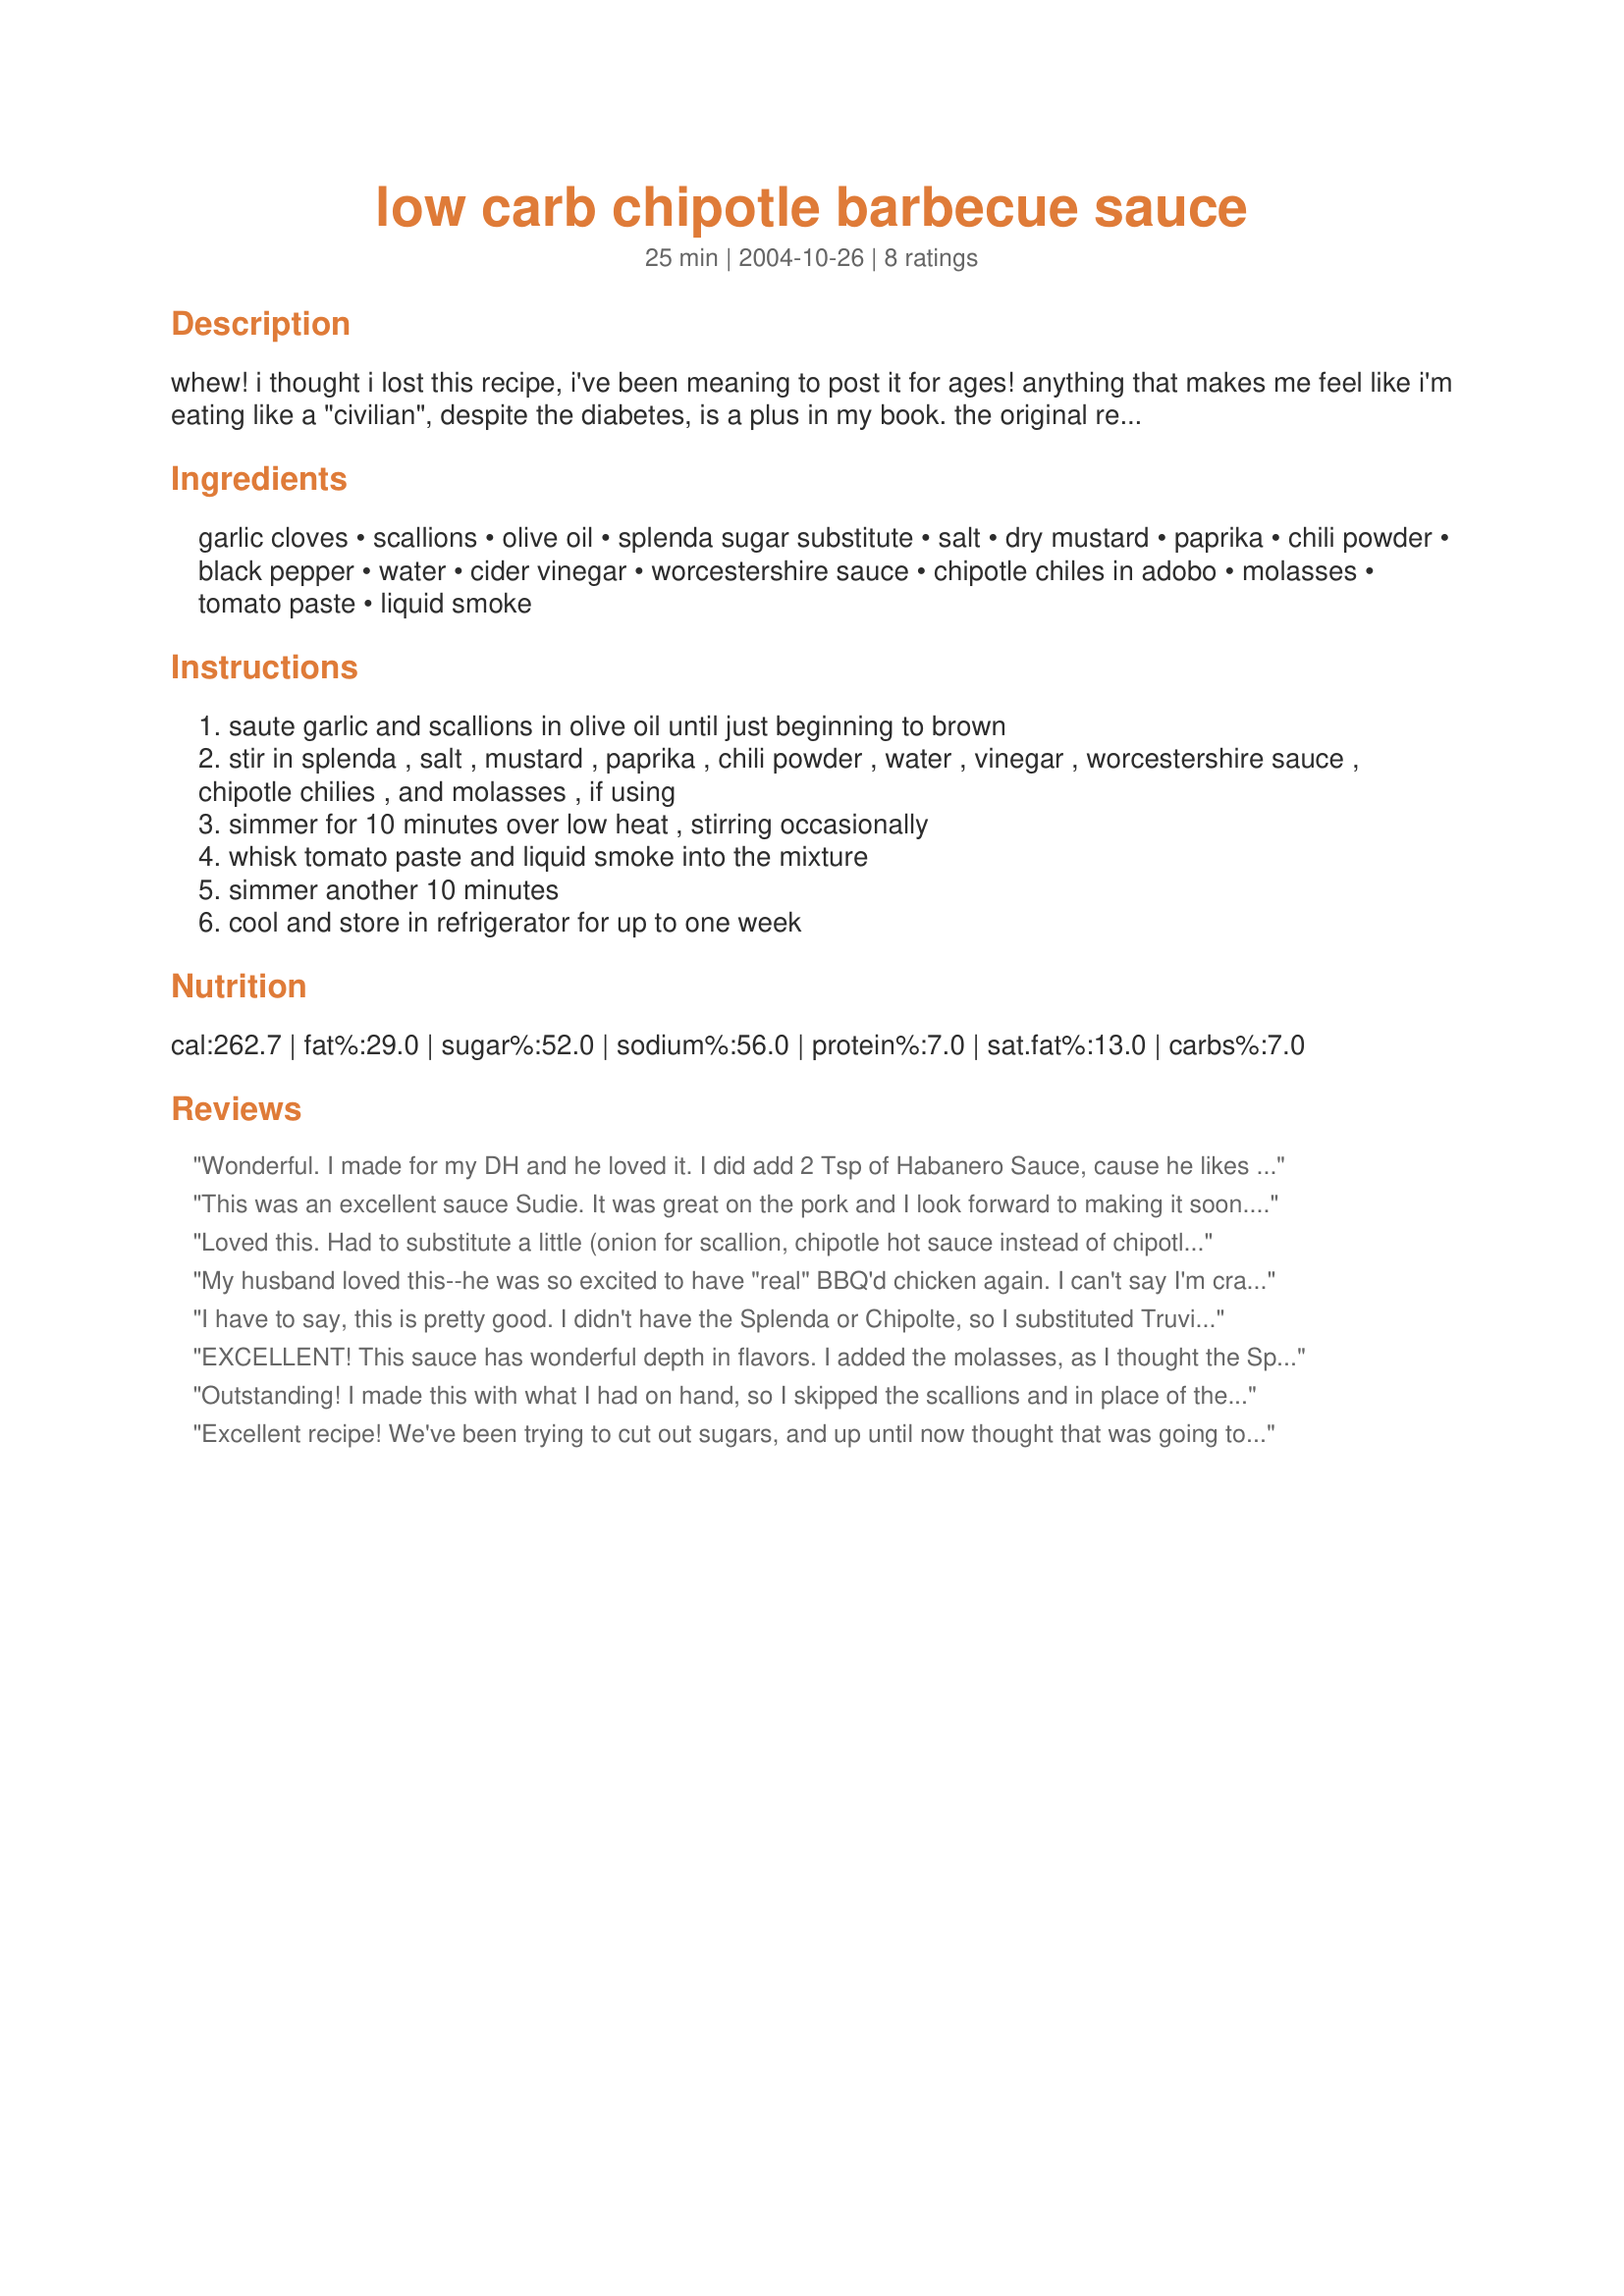
low carb chipotle barbecue sauce
Preparation time: 25 minutes

whew! i thought i lost this recipe, i've been meaning to post it for ages! anything that makes me feel like i'm eating like a "civilian", despite the diabetes, is a plus in my book. the original recipe, which was from the santa fe new mexican, had 1 tbs. of molasses in it - i leave it out, but you could use it if you wish. hope you enjoy this!

Ingredients:
garlic cloves, scallions, olive oil, splenda sugar substitute, salt, dry mustard, paprika, chili powder, black pepper, water, cider vinegar, worcestershire sauce, chipotle chiles in adobo, molasses, tomato paste, liquid smoke

Steps:
saute garlic and scallions in olive oil until just beginning to brown
stir in splenda , salt , mustard , paprika , chili powder , water , vinegar , worcestershire sauce , chipotle chilies , and molasses , if using
simmer for 10 minutes over low heat , stirring occasionally
whisk tomato paste and liquid smoke into the mixture
simmer another 10 minutes
cool and store in refrigerator for up to one week

Reviews:
Wonderful. I made for my DH and he loved it. I did add 2 Tsp of Habanero Sauce, cause he likes it hot and spicy. He has eaten it on pulled pork and chicken and it was great on both. The BEST lowcarb BBQ sauce he has ever had. Thanks for posting!
This was an excellent sauce Sudie. It was great on the pork and I look forward to making it soon. I think this would also be good on beef. Great recipe!!!
Loved this. Had to substitute a little (onion for scallion, chipotle hot sauce instead of chipotle). Simmered with leftover pork roast and it was delicious.
My husband loved this--he was so excited to have "real" BBQ'd chicken again. I can't say I'm crazy about the artificial sugar, but I'm crazy about my man and will do what I can to please his palate!
I have to say, this is pretty good. I didn't have the Splenda or Chipolte, so I substituted Truvia and 1 Jalapeno. I also mixed in corn starch to thicken it up. Not too bad.
EXCELLENT! This sauce has wonderful depth in flavors. I added the molasses, as I thought the Splenda was a little strong tasting. We had this on chicken legs on the grill and it was fantastic. I must say I think I like this way better than any store bought sauce. Thank you very much for this recipe!!
Outstanding! I made this with what I had on hand, so I skipped the scallions and in place of the chiles I added 1/4 teaspoon of chipotle chili powder. I am pretty sure it would have been way too hot for us weenies with the chiles, anyway. Other than that I made it as written, with the molasses, and used 6 splenda packets which is the equivalent of 1/4 cup of granular Splenda. I made barbecue chicken in the crockpot for sandwiches. We loved it. I only wish I'd had more chicken breasts on hand; we could've eaten a lot more of this :)
Excellent recipe! We've been trying to cut out sugars, and up until now thought that was going to mean never enjoying BBQ again. This sauce came out the perfect consistency, and had just the right amount of heat to it. I made a few changes out of necessity: 3 scallions (as that's all I had), 5 packets of Truvia instead of the Splenda, no molasses, I couldn't find my bottle of liquid smoke, and I accidentally used distilled instead of cider vinegar. The whole family really enjoyed it. Thank you!
